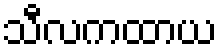
သီလကထာယ